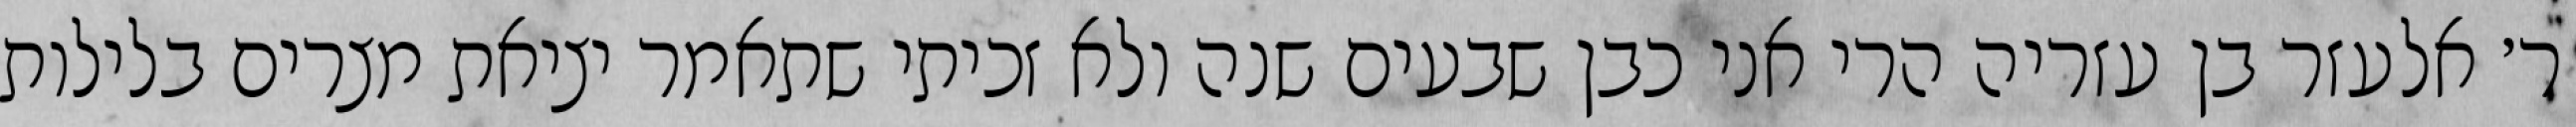
ר׳ אלעזר בן עזריה הרי אני כבן שבעים שנה ולא זכיתי שתאמר יציאת מצרים בלילות